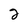
Character: 2